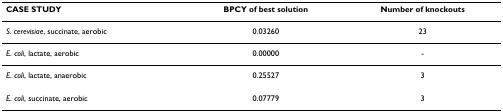
| CASE STUDY | BPCY of best solution | Number of knockouts |
 | --- | --- | --- |
 | S. cerevisiae, succinate, aerobic | 0.03260 | 23 |
 | E. coli, lactate, aerobic | 0.00000 | - |
 | E. coli, lactate, anaerobic | 0.25527 | 3 |
 | E. coli, succinate, aerobic | 0.07779 | 3 |